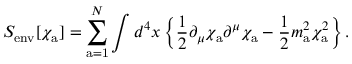
S _ { \mathrm { e n v } } [ \chi _ { \mathrm { a } } ] = \sum _ { \mathrm { a = 1 } } ^ { N } \int d ^ { 4 } x \left\{ { \frac { 1 } { 2 } } \partial _ { \mu } \chi _ { \mathrm { a } } \partial ^ { \mu } \chi _ { \mathrm { a } } - { \frac { 1 } { 2 } } m _ { \mathrm { a } } ^ { 2 } \chi _ { \mathrm { a } } ^ { 2 } \right\} . \nonumber